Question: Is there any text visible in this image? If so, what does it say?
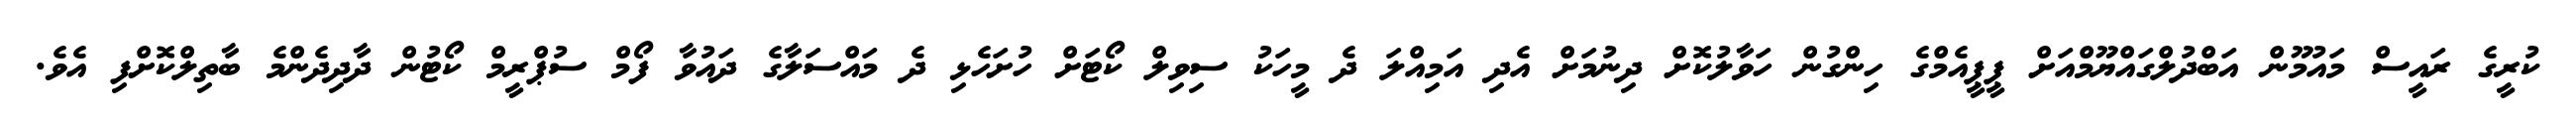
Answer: ކުރީގެ ރައީސް މައުމޫން އަބްދުލްގައްޔޫމްއަށް ޕީޕީއެމްގެ ހިންގުން ހަވާލުކޮށް ދިނުމަށް އެދި އަމިއްލަ ދެ މީހަކު ސިވިލް ކޯޓަށް ހުށަހެޅި ދެ މައްސަލާގެ ދައުވާ ފޯމް ސުޕްރީމް ކޯޓުން ދާދިދެންމެ ބާތިލްކޮށްފި އެވެ.